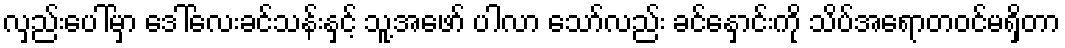
လှည်းပေါ်မှာ ဒေါ်လေးခင်သန်းနှင့် သူ့အဖော် ပါလာ သော်လည်း ခင်နှောင်းကို သိပ်အရောတဝင်မရှိတာ